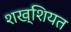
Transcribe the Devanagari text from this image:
शख्शियत